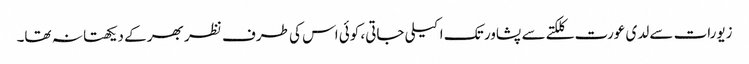
زیورات سے لدی عورت کلکتے سے پشاور تک اکیلی جاتی، کوئی اس کی طرف نظر بھر کے دیکھتا نہ تھا۔